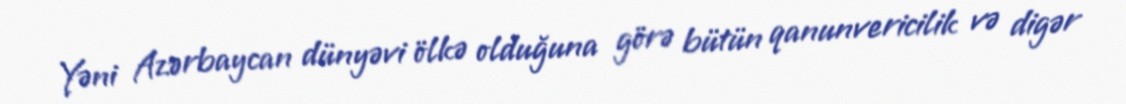
Yəni Azərbaycan dünyəvi ölkə olduğuna görə bütün qanunvericilik və digər